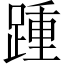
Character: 踵